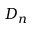
D _ { n }